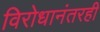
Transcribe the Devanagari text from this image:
विरोधानंतरही